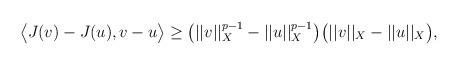
LaTeX: \begin{align*}\big<J(v)-J(u),v-u\big>&\geq\big(||v||^{p-1}_X-||u||^{p-1}_X\big)\big(||v||_X-||u||_X\big),\end{align*}